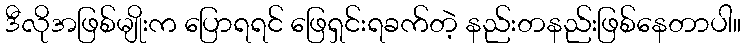
ဒီလိုအဖြစ်မျိုးက ပြောရရင် ဖြေရှင်းရခက်တဲ့ နည်းတနည်းဖြစ်နေတာပါ။